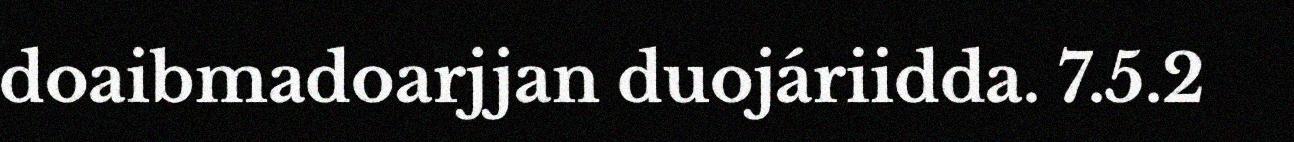
doaibmadoarjjan duojáriidda. 7.5.2